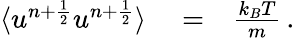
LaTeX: \begin{array}{rlr}{\langle u^{n+\frac{1}{2}}u^{n+\frac{1}{2}}\rangle}&{{}=}&{\frac{k_{B}T}{m}\, .}\end{array}